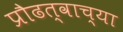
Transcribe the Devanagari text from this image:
प्रौढत्वाच्या